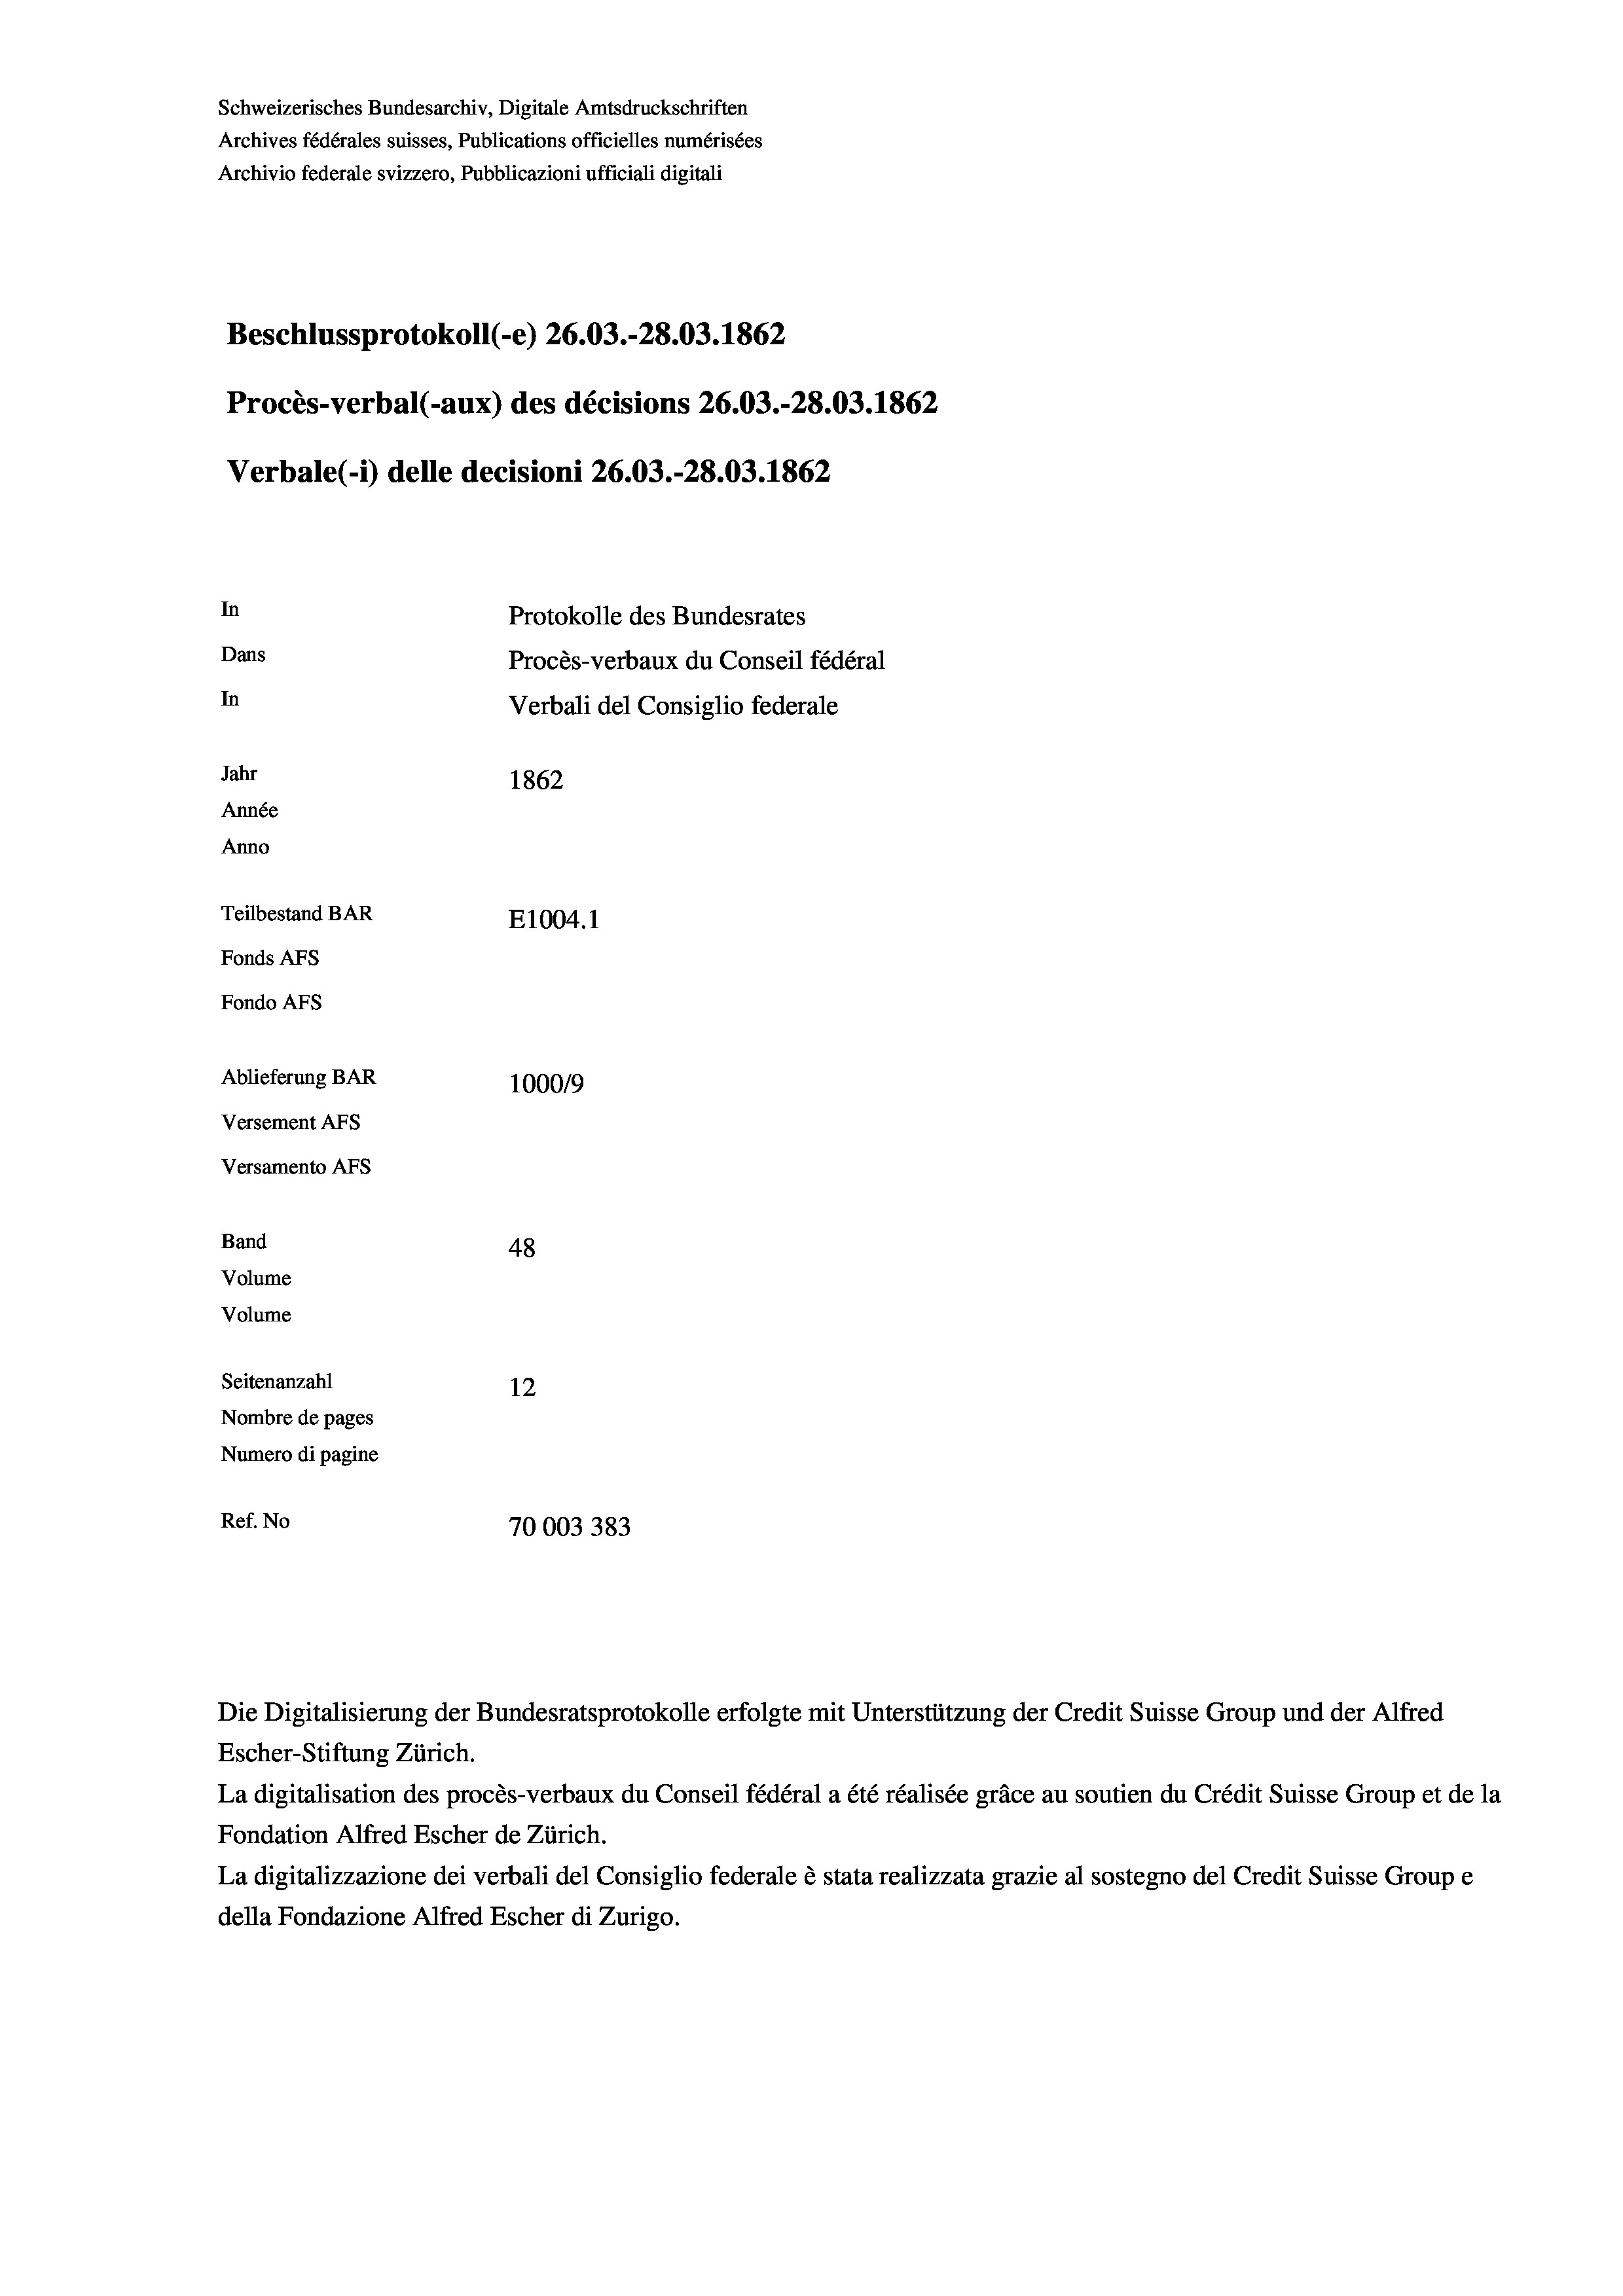
Schweizerisches Bundesarchiv, Digitale Amtsdruckschriften
Archives fédérales suisses, Publications officielles numérisées
Archivio federale svizzero, Pubblicazioni ufficiali digitali
Beschlussprotokoll (-e) 26.03.-28.03. 1862
Procès-verbal (-aux) des décisions 26.03.-28.03. 1862
Verbale (- 1) delle decisioni 26.03.-28.03. 1862
In
Protokolle des Bundesrates
Dans
Procès-verbaux du Conseil fédéral
In
Verbali del Consiglio federale
Jahr
1862
Année
Anno
Teilbestand BAR
E1004. 1
Fonds AFs
Fondo AFS
Ablieferung BAR
100019
Versement AFs
Versamento AFs
Band
48
Volume

12
Nombre de pages
Numero di pagine
Ref. No
3
7000338.

Volume
Seitenanzahl

La digitalisation des procès-verbaux du Conseil fédéral a été réalisée gräce au soutien du Crédit Suisse Group et de la
Fondation Alfred Escher de Zürich.
La digitalizzazione dei verbali del Consiglio federale è stata realizzata grazie al sostegno del Credit Suisse Groupe
della Fondazione Alfred Escher di Zurigo.

Die Digitalisierung der Bundesratsprotokolle erfolgte mit Unterstützung der Credit Suisse Group und der Alfred
Escher-Stiftung Zürich.